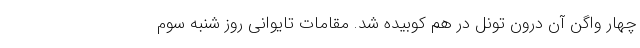
چهار واگن آن درون تونل در هم کوبیده شد. مقامات تایوانی روز شنبه سوم